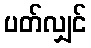
ပတ်လျှင်